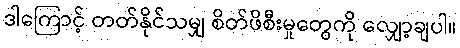
ဒါကြောင့် တတ်နိုင်သမျှ စိတ်ဖိစီးမှုတွေကို လျှော့ချပါ။